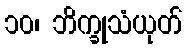
၁၀၊ ဘိက္ခုသံယုတ်